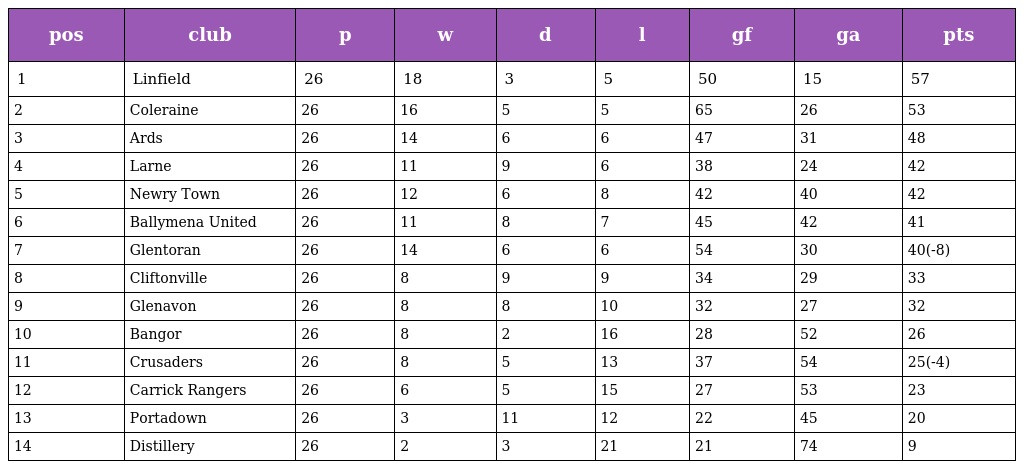
| pos | club | p | w | d | l | gf | ga | pts |
 | --- | --- | --- | --- | --- | --- | --- | --- | --- |
 | 1 | Linfield | 26 | 18 | 3 | 5 | 50 | 15 | 57 |
 | 2 | Coleraine | 26 | 16 | 5 | 5 | 65 | 26 | 53 |
 | 3 | Ards | 26 | 14 | 6 | 6 | 47 | 31 | 48 |
 | 4 | Larne | 26 | 11 | 9 | 6 | 38 | 24 | 42 |
 | 5 | Newry Town | 26 | 12 | 6 | 8 | 42 | 40 | 42 |
 | 6 | Ballymena United | 26 | 11 | 8 | 7 | 45 | 42 | 41 |
 | 7 | Glentoran | 26 | 14 | 6 | 6 | 54 | 30 | 40(-8) |
 | 8 | Cliftonville | 26 | 8 | 9 | 9 | 34 | 29 | 33 |
 | 9 | Glenavon | 26 | 8 | 8 | 10 | 32 | 27 | 32 |
 | 10 | Bangor | 26 | 8 | 2 | 16 | 28 | 52 | 26 |
 | 11 | Crusaders | 26 | 8 | 5 | 13 | 37 | 54 | 25(-4) |
 | 12 | Carrick Rangers | 26 | 6 | 5 | 15 | 27 | 53 | 23 |
 | 13 | Portadown | 26 | 3 | 11 | 12 | 22 | 45 | 20 |
 | 14 | Distillery | 26 | 2 | 3 | 21 | 21 | 74 | 9 |